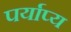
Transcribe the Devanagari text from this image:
पर्याप्य